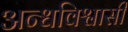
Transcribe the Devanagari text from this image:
अन्धविश्वासी